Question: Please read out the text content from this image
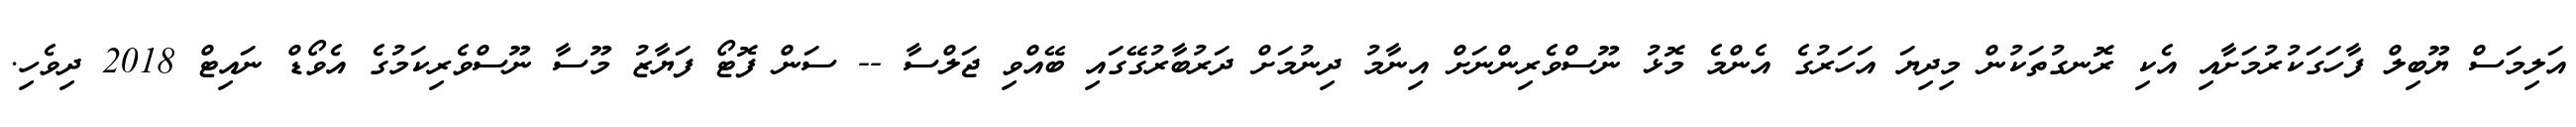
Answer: އަލިމަސް ޔޫބިލް ފާހަގަކުރުމަށާއި އެކި ރޮނގުތަކުން މިދިޔަ އަހަރުގެ އެންމެ މޮޅު ނޫސްވެރިންނަށް އިނާމު ދިނުމަށް ދަރުބާރުގޭގައި ބޭއްވި ޖަލްސާ -- ސަން ފޮޓޯ ފަޔާޒު މޫސާ ނޫސްވެރިކަމުގެ އެވޯޑް ނައިޓް 2018 ދިވެހި.